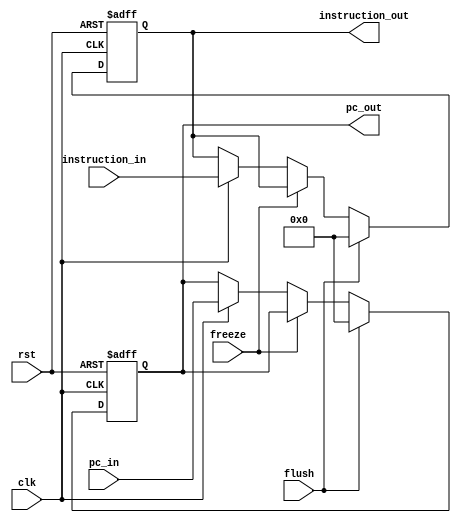
module IF_Stage_Reg (
  input             clk,
  input             rst,
  input             freeze,
  input             flush,
  input      [31:0] pc_in,
  input      [31:0] instruction_in,

  output reg [31:0] pc_out,
  output reg [31:0] instruction_out
);
  
  always @(posedge clk, posedge rst) begin
    if (rst) begin
      pc_out <= 32'b0;
      instruction_out <= 32'b0;
    end
    else if (flush) begin
      pc_out <= 32'b0;
      instruction_out <= 32'b0;
    end
    else if (freeze) begin
      pc_out <= pc_out;
      instruction_out <= instruction_out;
    end
    else if (clk) begin
      pc_out <= pc_in;
      instruction_out <= instruction_in;
    end
    else begin
      pc_out <= pc_out;
      instruction_out <= instruction_out;
    end
  end
    
endmodule